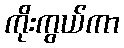
ကိုးကွယ်ကာ